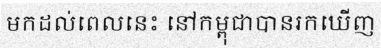
មកដល់ពេលនេះ នៅកម្ពុជាបានរកឃើញ